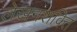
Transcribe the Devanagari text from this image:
लेखनशक्ति